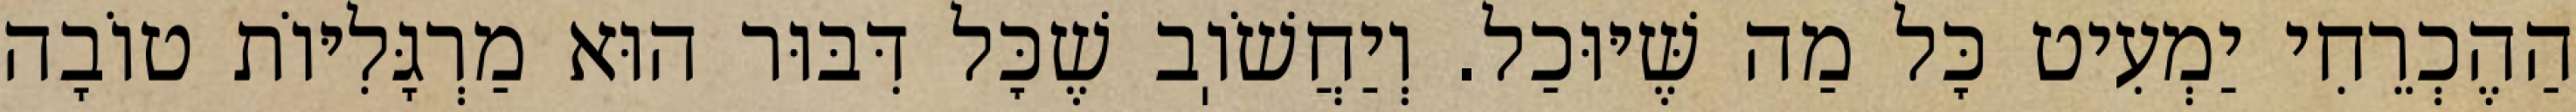
הַהֶכְרֵחִי יַמְעִיט כׇּל מַה שֶּׁיּוּכַל. וְיַחֲשֹׁוֽב שֶׁכׇּל דִּבּוּר הוּא מַרְגָּלִיּוֹת טוֹבָה